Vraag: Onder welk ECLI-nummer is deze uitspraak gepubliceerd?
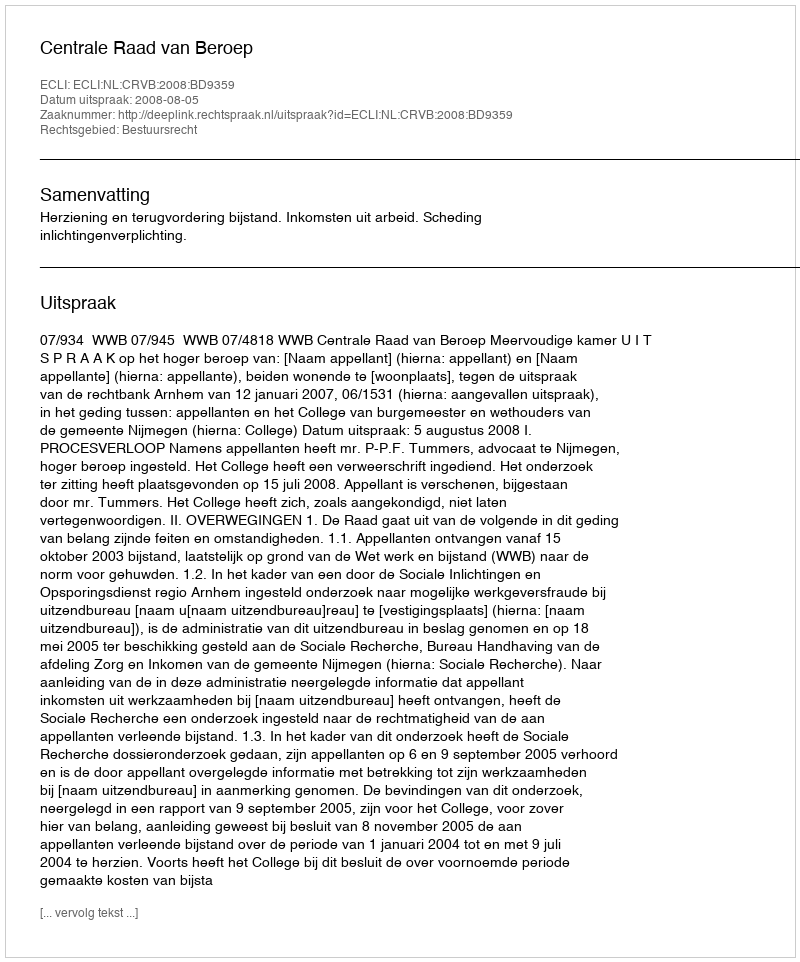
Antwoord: ECLI:NL:CRVB:2008:BD9359